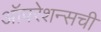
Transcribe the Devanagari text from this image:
ऑपरेशन्सची